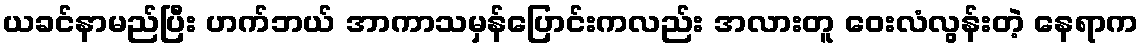
ယခင်နာမည်ပြီး ဟက်ဘယ် အာကာသမှန်ပြောင်းကလည်း အလားတူ ဝေးလံလွန်းတဲ့ နေရာက